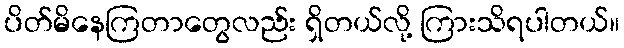
ပိတ်မိနေကြတာတွေလည်း ရှိတယ်လို့ ကြားသိရပါတယ်။